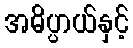
အဓိပ္ပာယ်နှင့်